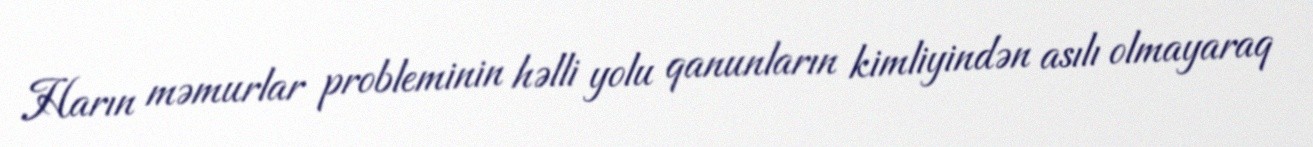
Harın məmurlar probleminin həlli yolu qanunların kimliyindən asılı olmayaraq